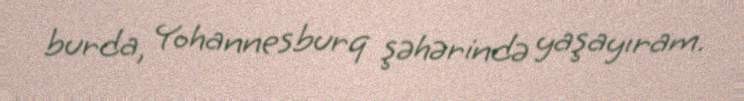
burda, Yohannesburq şəhərində yaşayıram.